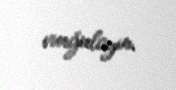
vurğulayır.